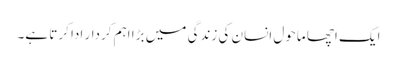
ایک اچھا ماحول انسان کی زندگی میں بڑا اہم کردار ادا کرتا ہے۔